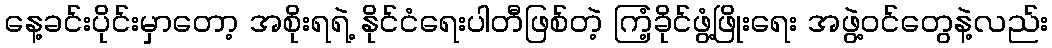
နေ့ခင်းပိုင်းမှာတော့ အစိုးရရဲ့ နိုင်ငံရေးပါတီဖြစ်တဲ့ ကြံ့ခိုင်ဖွံ့ဖြိုးရေး အဖွဲ့ဝင်တွေနဲ့လည်း